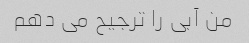
من آبی را ترجیح می دهم